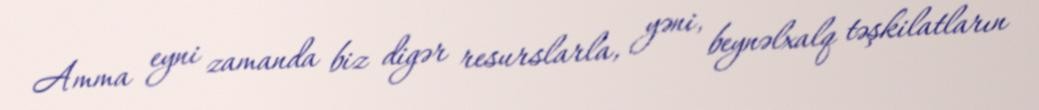
Amma eyni zamanda biz digər resurslarla, yəni, beynəlxalq təşkilatların